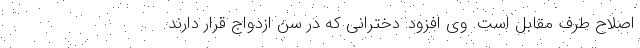
اصلاح طرف مقابل است. وی افزود: دخترانی که در سن ازدواج قرار دارند